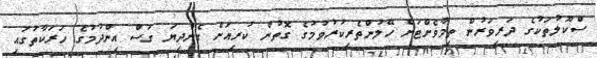
ސްކޫލުތަކުގެ ދަރިވަރުން ތިމާވެށްޓަށް ހޭލުންތެރިކުރުވުމުގެ ގޮތުން ކުރިއަށް ގެންދިޔަ ގަސް އިންދުމުގެ ހަރަކާތުގައި